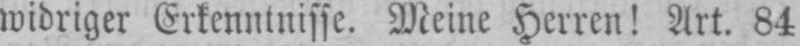
widriger Erkenntnisse. Meine Herren! Art. 84